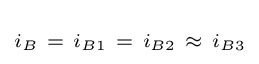
\scriptstyle i_{B}~=~i_{B1}~=~i_{B2}~\approx ~i_{B3}